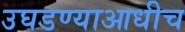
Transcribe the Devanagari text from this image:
उघडण्याआधीच